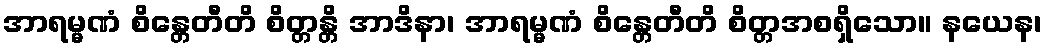
အာရမ္မဏံ စိန္တေတီတိ စိတ္တန္တိ အာဒိနာ၊ အာရမ္မဏံ စိန္တေတီတိ စိတ္တအစရှိသော။ နယေန၊